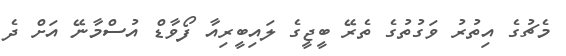
މެޗުގެ އިތުރު ވަގުތުގެ ތެރޭ ބީޖީގެ ލައިބީރިއާ ފޯވާޑް އުސްމާނޭ އަށް ދެ